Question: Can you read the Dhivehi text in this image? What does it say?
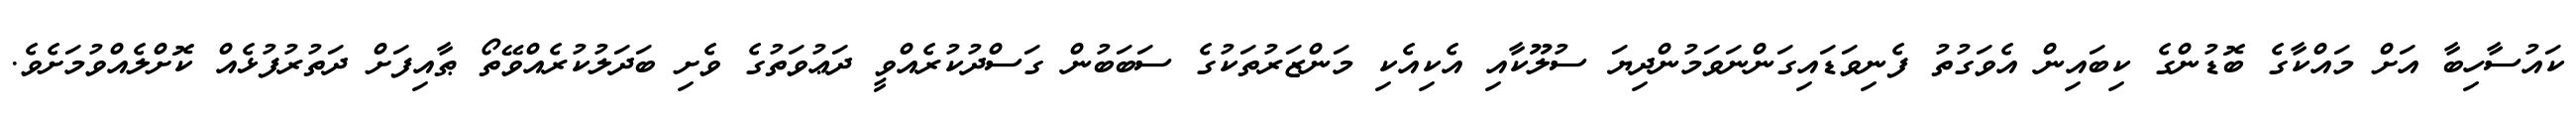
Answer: ކައުސާހިބާ އަށް މައްކާގެ ބޮޑުންގެ ކިބައިން އެވަގުތު ފެނިވަޑައިގަންނަވަމުންދިޔަ ސުލޫކާއި އެކިއެކި މަންޒަރުތަކުގެ ސަބަބުން ގަސްދުކުރެއްވީ ދަޢުވަތުގެ ވެށި ބަދަލުކުރެއްވޭތޯ ޠާއިފަށް ދަތުރުފުޅެއް ކޮށްލެއްވުމަށެވެ.